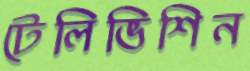
টেলিভিশিন